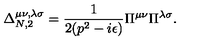
\Delta _ { N , 2 } ^ { \mu \nu , \lambda \sigma } = \frac { 1 } { 2 ( p ^ { 2 } - i \epsilon ) } \Pi ^ { \mu \nu } \Pi ^ { \lambda \sigma } .